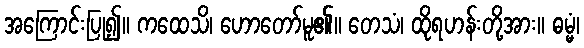
အကြောင်းပြု၍။ ကထေသိ၊ ဟောတော်မူ၏။ တေသံ၊ ထိုရဟန်းတို့အား။ ဓမ္မံ၊